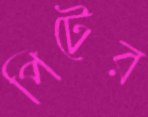
পিটের